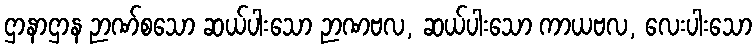
ဌာနာဌာန ဉာဏ်စသော ဆယ်ပါးသော ဉာဏဗလ, ဆယ်ပါးသော ကာယဗလ, လေးပါးသော